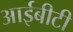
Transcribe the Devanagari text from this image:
आईबीटी